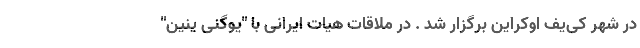
در شهر کی‌یف اوکراین برگزار شد . در ملاقات هیات ایرانی با "یوگنی ینین"